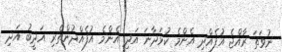
ނުވަތަ ރާއްޖެ އުފެއްދި އެންމެ ކުޅަދާނަ އަދި އެންމެ އުފެއްދުންތެރި އަދީބު އަދި